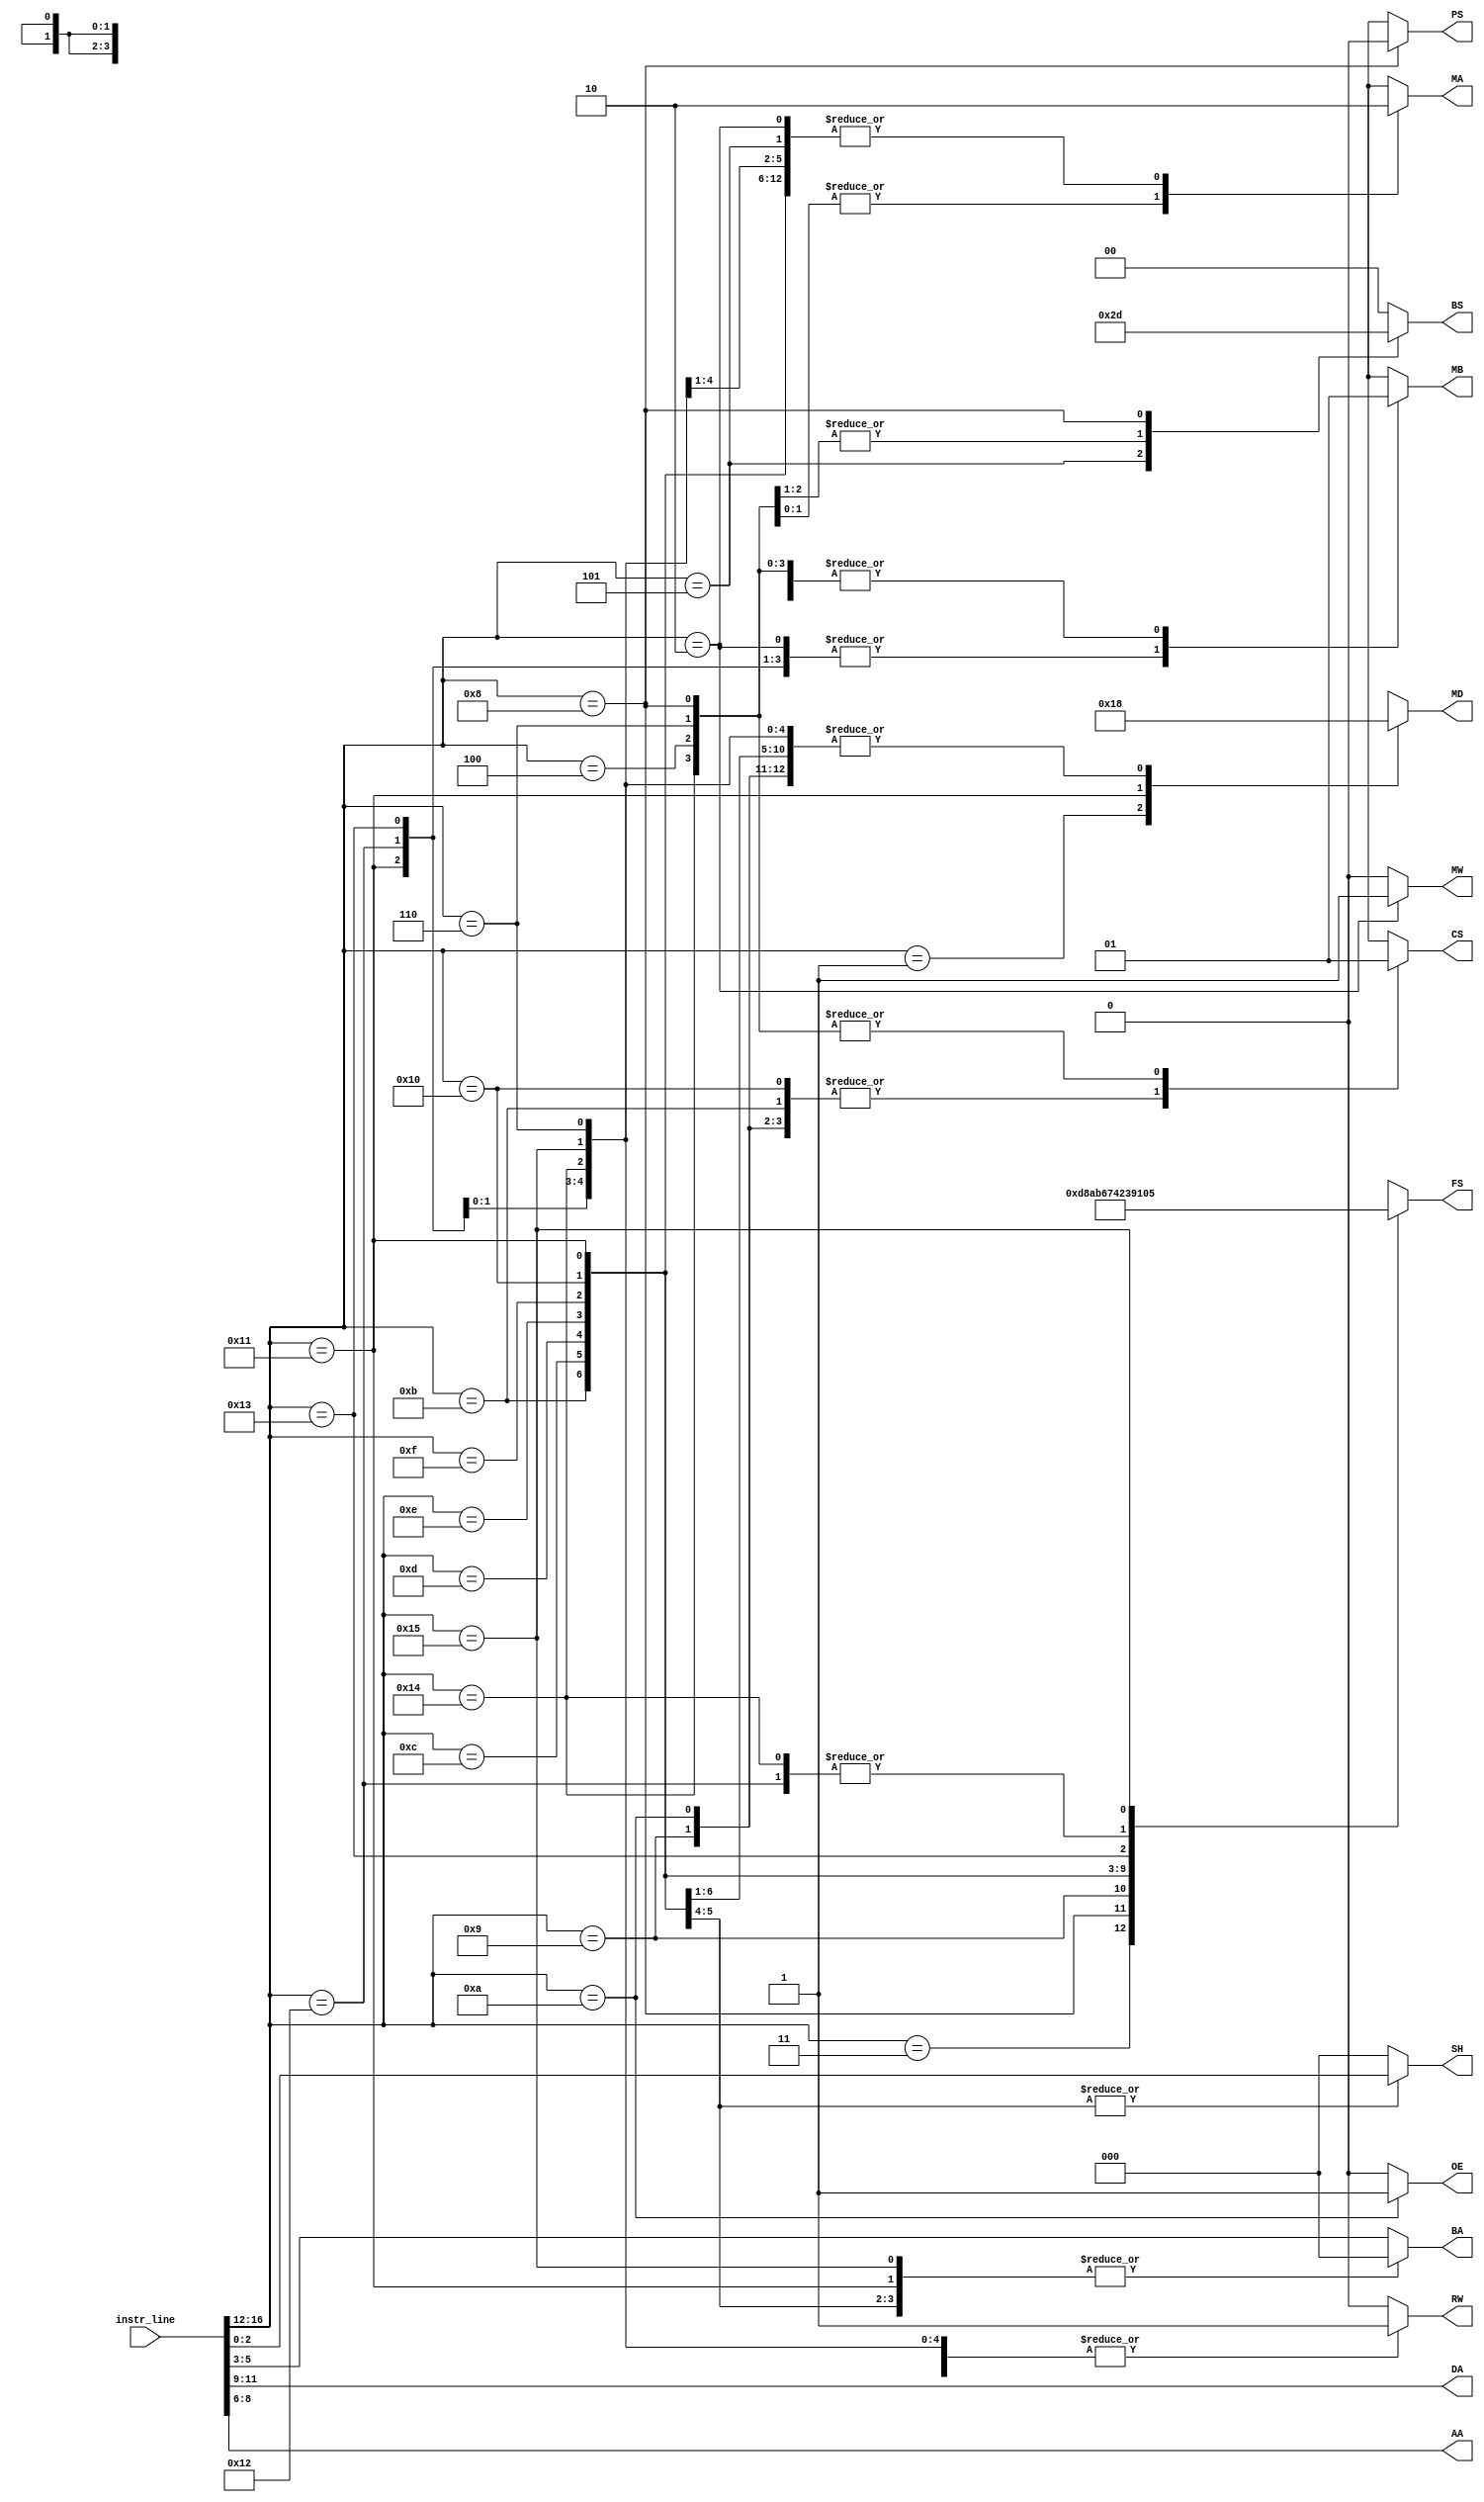
module instr_decoder(
    input [INSTR_SIZE-1:0] instr_line,
    output reg [REG_ADDRESS_SIZE-1:0] DA, // Destination Address: Where to write to
    output reg [REG_ADDRESS_SIZE-1:0] AA, // A-Register Address: Read from Register File
    output reg [REG_ADDRESS_SIZE-1:0] BA, // B-Register: Read from Register File
    output reg [1:0] BS, // Branch Select: detects branches and effects on PC
    output reg PS, // Zero Toggle: Controls type of conditional branch (Z or N)
    output reg MW, // Memory Write: MW==1 - Write, MW==0 - Read
    output reg RW, // Register Write: Enables writing to register file. RW==1 - Write, RW==0 - Read
    output reg MA, // MUXA Select
    output reg MB, // MUXB Select
    output reg [1:0] MD, // MUXD Select
    output reg [ALU_FUNCTION_SELECT_WIDTH-1:0] FS, // ALU Function Select: (ALU's operation)
    output reg [ALU_SHIFT_SIZE-1:0] SH, // Shift Number: Number of shifts in the ALU for related operation
    output reg CS, // Constant Unit Select: Controls zero fill or sign extensions of immediate values in CU
    output reg OE // Output Enable: enables writing data to output port
);


// ALU Operation
	parameter ALU_OP_ADD = 0;
	parameter ALU_OP_SUB = 1;
	parameter ALU_OP_AND = 2;
	parameter ALU_OP_OR = 3;
	parameter ALU_OP_XOR = 4;
	parameter ALU_OP_COMPLEMENT = 5;
	parameter ALU_OP_SHIFT_LEFT = 6;
	parameter ALU_OP_SHIFT_RIGHT = 7;
	parameter ALU_OP_CMP_ZERO = 8;
	parameter ALU_OP_CMP = 9;
	parameter ALU_OP_INPUT = 10;
	parameter ALU_OP_INKEY = 11;
	parameter ALU_OP_JML = 12;
	parameter ALU_OP_MOV = 13;

	//OPCODES
	parameter INSTR_NOP = 0;
	parameter INSTR_LD = 1;
	parameter INSTR_ST = 2;
	parameter INSTR_MOV = 3;
	parameter INSTR_JMP = 4;
	parameter INSTR_JMR = 5;
	parameter INSTR_JML = 6;
	parameter INSTR_BZ = 7;
	parameter INSTR_BZL = 8;
	parameter INSTR_IN = 9;
	parameter INSTR_OUT = 10;
	parameter INSTR_INKEY = 11;
	parameter INSTR_LSL = 12;
	parameter INSTR_LSR = 13;
	parameter INSTR_XOR = 14;
	parameter INSTR_AND = 15;
	parameter INSTR_ORI = 16;
	parameter INSTR_SLT = 17;
	parameter INSTR_ADD = 18;
	parameter INSTR_SUB = 19;
	parameter INSTR_ADDI = 20;
	parameter INSTR_COM = 21;


	// Other Parameters
	parameter INSTR_OPCODE_SIZE = 5; 
	parameter INSTR_OP_LSB = INSTR_SIZE - INSTR_OPCODE_SIZE; // Should be 12
	parameter DA_MSB = INSTR_OP_LSB - REG_ADDRESS_SIZE; // Should be 9
	parameter AA_MSB = DA_MSB - REG_ADDRESS_SIZE; // Should be 6
	parameter BA_MSB = AA_MSB - REG_ADDRESS_SIZE; // Should be 3
	
	
	parameter INSTR_SIZE = 17;
	parameter REG_ADDRESS_SIZE = 3;
	parameter ALU_FUNCTION_SELECT_WIDTH =  4;
	parameter ALU_SHIFT_SIZE = 3;
	

	reg [INSTR_OPCODE_SIZE-1:0] opcode;
	/*
	Questions:
	- The FS for some, what kind of ALU implmentation do they need?
	*/


	always @ (*)
	begin
		 opcode = instr_line[INSTR_SIZE-1:INSTR_OP_LSB]; // Get the opcode from the instr_line
		 // DA, AA, BA are these unless specified/overwritten in any case statements for branch or immediate instructions
		 DA <= instr_line[INSTR_OP_LSB-1:DA_MSB];
		 AA <= instr_line[DA_MSB-1:AA_MSB];
		 BA <= instr_line[AA_MSB-1:BA_MSB];
       SH <= 3'b000; // Default shift amount is 0 unless specified (LSL, LSR)
		 case(opcode)
			  INSTR_NOP:
            begin
					RW <= 1'b0;
					MD <= 2'bXX;
					BS <= 2'b00;
					PS <= 1'bX;
					MW <= 1'b0;
					FS <= 4'bXXXX;
					MB <= 1'bX;
					MA <= 1'bX;
					CS <= 1'bX;
					OE <= 1'b0;
            end
			  INSTR_LD: 
            begin
               
					RW <= 1'b1;
					MD <= 2'b01;
					BS <= 2'b00;
					PS <= 1'bX;
					MW <= 1'b0;
					FS <= 4'bXXXX;
					MB <= 1'bX;
					MA <= 1'b0;
					CS <= 1'bX;
					OE <= 1'b0;
            end
			  INSTR_ST:
            begin 
            
					RW <= 1'b0;
					MD <= 2'bXX;
					BS <= 2'b00;
					PS <= 1'bX;
					MW <= 1'b1;
					FS <= 4'bXXXX;
					MB <= 1'b0;
					MA <= 1'b0;
					CS <= 1'bX;
					OE <= 1'b0;
            end
			  INSTR_MOV: 
           begin
					RW <= 1'b1;
					MD <= 2'b00;
					BS <= 2'b00;
					PS <= 1'bX;
					MW <= 1'b0;
					FS <= ALU_OP_MOV;
					MB <= 1'bX;
					MA <= 1'b0;
					CS <= 1'bX;
					OE <= 1'b0;
           end

			  INSTR_JMP:
           begin
           		RW <= 1'b0;
					MD <= 2'bXX;
					BS <= 2'b11;
					PS <= 1'bX;
					MW <= 1'b0;
					FS <= 4'bXXXX;
					MB <= 1'b1;
					MA <= 1'bX;
					CS <= 1'b1;
					OE <= 1'b0;
           end
			  INSTR_JMR:
           begin             
					RW <= 1'b0;
					MD <= 2'bXX;
					BS <= 2'b10;
					PS <= 1'bX;
					MW <= 1'b0;
					FS <= 4'bXXXX;
					MB <= 1'bX;
					MA <= 1'b0;
					CS <= 1'bX;
					OE <= 1'b0;
           end
			  INSTR_JML: // FIXME: Not Implemented Currently
           begin
					RW <= 1'b1;
					MD <= 2'b00;
					BS <= 2'b11;
					PS <= 1'bX;
					MW <= 1'b0;
					FS <= 4'bXXXX; // Why is this not XXXX? ALU_OP_JML Not Implemented
					MB <= 1'b1;
					MA <= 1'b1;
					CS <= 1'b1;
					OE <= 1'b0;
           end
			  INSTR_BZL:
           begin              
					RW <= 1'b0;
					MD <= 2'bXX;
					BS <= 2'b01;
					PS <= 1'b0;
					MW <= 1'b0;
					FS <= ALU_OP_CMP_ZERO; // Why is this not XXXX? What operation does ALU need to do?
					MB <= 1'b1;
					MA <= 1'b1;
					CS <= 1'b1;
					OE <= 1'b0;
           end
			  INSTR_IN:
           begin
					RW <= 1'b1;
					MD <= 2'b00;
					BS <= 2'b00;
					PS <= 1'bX;
					MW <= 1'b0;
					FS <= ALU_OP_INPUT; 
					MB <= 1'b0;
					MA <= 1'b0;
					CS <= 1'b0;
					OE <= 1'b0;
           end
			  INSTR_OUT:
           begin
					RW <= 1'b0;
					MD <= 2'b00;
					BS <= 2'b00;
					PS <= 1'bX;
					MW <= 1'b0;
					FS <= 4'bXXXX; 
					MB <= 1'b0;
					MA <= 1'b0;
					CS <= 1'b0;
					OE <= 1'b1;
           end
           INSTR_INKEY:
			  begin
					RW <= 1'b1;
					MD <= 2'b00;
					BS <= 2'b00;
					PS <= 1'bX;
					MW <= 1'b0;
					FS <= ALU_OP_INKEY; 
					MB <= 1'b0;
					MA <= 1'b0;
					CS <= 1'b0;
					OE <= 1'b0;
				end
			  INSTR_LSL: 
           begin
               BA <= 3'b000; // BA is always 0 for LSL
					RW <= 1'b1;
					MD <= 2'b00;
					BS <= 2'b00;
					PS <= 1'bX;
					MW <= 1'b0;
					FS <= ALU_OP_SHIFT_LEFT;
					MB <= 1'bX;
					MA <= 1'b0;
					CS <= 1'bX;
					OE <= 1'b0;
               SH <= instr_line[2:0];
           end
			  INSTR_LSR: 
           begin
               BA <= 3'b000; // BA is always 0 for LSR
					RW <= 1'b1;
					MD <= 2'b00;
					BS <= 2'b00;
					PS <= 1'bX;
					MW <= 1'b0;
					FS <= ALU_OP_SHIFT_RIGHT;
					MB <= 1'bX;
					MA <= 1'b0;
					CS <= 1'bX;
					OE <= 1'b0;
               SH <= instr_line[2:0];
           end
			  INSTR_XOR:
           begin
					RW <= 1'b1;
					MD <= 2'b00;
					BS <= 2'b00;
					PS <= 1'bX;
					MW <= 1'b0;
					FS <= ALU_OP_XOR; 
					MB <= 1'bX;
					MA <= 1'b0;
					CS <= 1'bX;
					OE <= 1'b0;
           end
			  INSTR_AND:
           begin
					RW <= 1'b1;
					MD <= 2'b00;
					BS <= 2'b00;
					PS <= 1'bX;
					MW <= 1'b0;
					FS <= ALU_OP_AND; 
					MB <= 1'b0;
					MA <= 1'b0;
					CS <= 1'bX;
					OE <= 1'b0;
           end
			  INSTR_ORI:
           begin
					RW <= 1'b1;
					MD <= 2'b00;
					BS <= 2'b00;
					PS <= 1'bX;
					MW <= 1'b0;
					FS <= ALU_OP_OR; // Does this need a separate ALU_OP_ORI code?
					MB <= 1'b1;
					MA <= 1'b0;
					CS <= 1'b0;
					OE <= 1'b0;
           end
			  INSTR_SLT:
           begin
               BA <= 3'b000; // BA is always 0 for SLT 
					RW <= 1'b1;
					MD <= 2'b10;
					BS <= 2'b00;
					PS <= 1'bX;
					MW <= 1'b0;
					FS <= ALU_OP_CMP; 
					MB <= 1'b0;
					MA <= 1'b0;
					CS <= 1'bX;
					OE <= 1'b0;
           end
			  INSTR_ADD:
           begin
					RW <= 1'b1;
					MD <= 2'b00;
					BS <= 2'b00;
					PS <= 1'bX;
					MW <= 1'b0;
					FS <= ALU_OP_ADD; 
					MB <= 1'b0;
					MA <= 1'b0;
					CS <= 1'bX;
					OE <= 1'b0;
           end
			  INSTR_SUB:
           begin
					RW <= 1'b1;
					MD <= 2'b00;
					BS <= 2'b00;
					PS <= 1'bX;
					MW <= 1'b0;
					FS <= ALU_OP_SUB; 
					MB <= 1'b0;
					MA <= 1'b0;
					CS <= 1'bX;
					OE <= 1'b0;
           end
			  INSTR_ADDI:
           begin
					RW <= 1'b1;
					MD <= 2'b00;
					BS <= 2'b00;
					PS <= 1'bX;
					MW <= 1'b0;
					FS <= ALU_OP_ADD; 
					MB <= 1'b1;
					MA <= 1'b0;
					CS <= 1'b1;
					OE <= 1'b0;
           end
			  INSTR_COM:
           begin
               BA <= 3'b000;
					RW <= 1'b1;
					MD <= 2'b00;
					BS <= 2'b00;
					PS <= 1'bX;
					MW <= 1'b0;
					FS <= ALU_OP_COMPLEMENT; 
					MB <= 1'bX;
					MA <= 1'b0;
					CS <= 1'bX;
					OE <= 1'b0;
           end
			  default:
           begin
					RW <= 1'b0;
					MD <= 2'bXX;
					BS <= 2'b00;
					PS <= 1'bX;
					MW <= 1'b0;
					FS <= 4'bXXXX;
					MB <= 1'bX;
					MA <= 1'bX;
					CS <= 1'bX;
					OE <= 1'b0;
           end
		 endcase

	end
endmodule